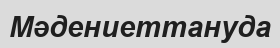
Мәдениеттануда